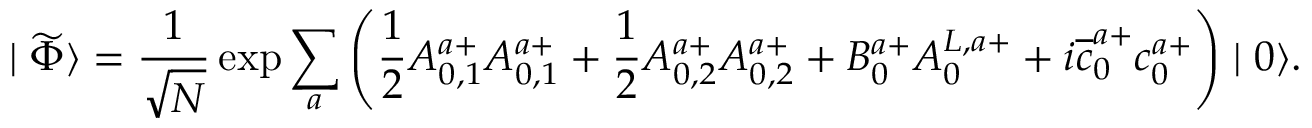
\mid \widetilde { \Phi } \rangle = \frac 1 { \sqrt { N } } \exp \sum _ { a } \left( \frac 1 2 A _ { 0 , 1 } ^ { a + } A _ { 0 , 1 } ^ { a + } + \frac 1 2 A _ { 0 , 2 } ^ { a + } A _ { 0 , 2 } ^ { a + } + B _ { 0 } ^ { a + } A _ { 0 } ^ { L , a + } + i \overline { { { c } } } _ { 0 } ^ { a + } c _ { 0 } ^ { a + } \right) \mid 0 \rangle .